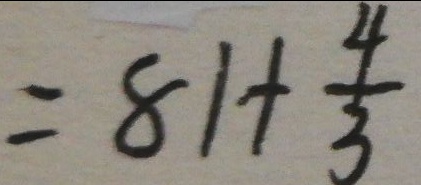
= 8 1 + \frac { 4 } { 3 }